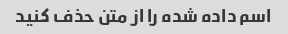
اسم داده شده را از متن حذف کنید